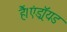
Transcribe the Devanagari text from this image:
हैं।एंड्रॉयड